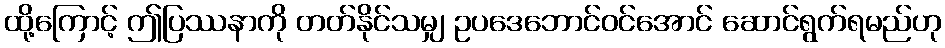
ထို့ကြောင့် ဤပြဿနာကို တတ်နိုင်သမျှ ဥပဒေဘောင်ဝင်အောင် ဆောင်ရွက်ရမည်ဟု